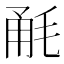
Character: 𣭲